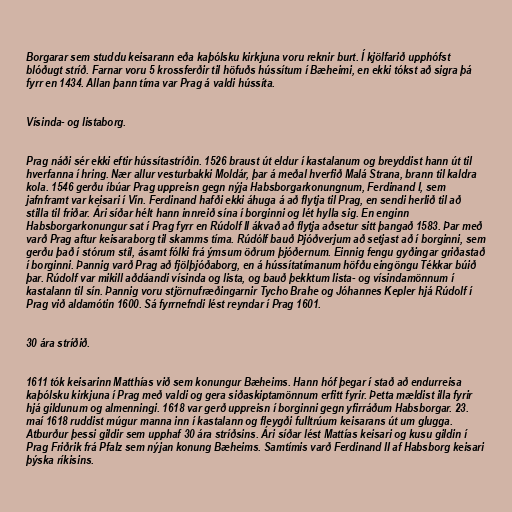
Borgarar sem studdu keisarann eða kaþólsku kirkjuna voru reknir burt. Í kjölfarið upphófst
blóðugt stríð. Farnar voru 5 krossferðir til höfuðs hússítum í Bæheimi, en ekki tókst að sigra þá
fyrr en 1434. Allan þann tíma var Prag á valdi hússíta.

Vísinda- og listaborg.

Prag náði sér ekki eftir hússítastríðin. 1526 braust út eldur í kastalanum og breyddist hann út til
hverfanna í hring. Nær allur vesturbakki Moldár, þar á meðal hverfið Malá Strana, brann til kaldra
kola. 1546 gerðu íbúar Prag uppreisn gegn nýja Habsborgarkonungnum, Ferdinand I, sem
jafnframt var keisari í Vín. Ferdinand hafði ekki áhuga á að flytja til Prag, en sendi herlið til að
stilla til friðar. Ári síðar hélt hann innreið sína í borginni og lét hylla sig. En enginn
Habsborgarkonungur sat í Prag fyrr en Rúdolf II ákvað að flytja aðsetur sitt þangað 1583. Þar með
varð Prag aftur keisaraborg til skamms tíma. Rúdólf bauð Þjóðverjum að setjast að í borginni, sem
gerðu það í stórum stíl, ásamt fólki frá ýmsum öðrum þjóðernum. Einnig fengu gyðingar griðastað
í borginni. Þannig varð Prag að fjölþjóðaborg, en á hússítatímanum höfðu eingöngu Tékkar búið
þar. Rúdolf var mikill aðdáandi vísinda og lista, og bauð þekktum lista- og vísindamönnum í
kastalann til sín. Þannig voru stjörnufræðingarnir Tycho Brahe og Jóhannes Kepler hjá Rúdolf í
Prag við aldamótin 1600. Sá fyrrnefndi lést reyndar í Prag 1601.

30 ára stríðið.

1611 tók keisarinn Matthías við sem konungur Bæheims. Hann hóf þegar í stað að endurreisa
kaþólsku kirkjuna í Prag með valdi og gera siðaskiptamönnum erfitt fyrir. Þetta mældist illa fyrir
hjá gildunum og almenningi. 1618 var gerð uppreisn í borginni gegn yfirráðum Habsborgar. 23.
maí 1618 ruddist múgur manna inn í kastalann og fleygði fulltrúum keisarans út um glugga.
Atburður þessi gildir sem upphaf 30 ára stríðsins. Ári síðar lést Mattías keisari og kusu gildin í
Prag Friðrik frá Pfalz sem nýjan konung Bæheims. Samtímis varð Ferdinand II af Habsborg keisari
þýska ríkisins.